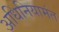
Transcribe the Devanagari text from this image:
अधिनियामंत